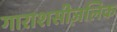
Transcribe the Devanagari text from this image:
गाराशसीज़लिक